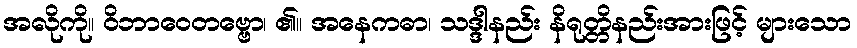
အလိုကို။ ဝိဘာဝေတဗ္ဗော၊ ၏။ အနေကဓာ၊ သဒ္ဒါနည်း နိရုတ္တိနည်းအားဖြင့် များသော